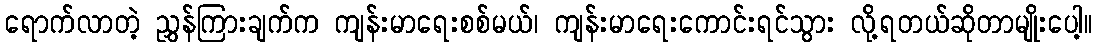
ရောက်လာတဲ့ ညွှန်ကြားချက်က ကျန်းမာရေးစစ်မယ်၊ ကျန်းမာရေးကောင်းရင်သွား လို့ရတယ်ဆိုတာမျိုးပေါ့။